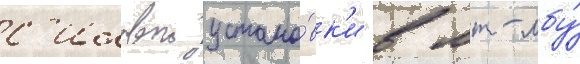
с'иловои устано́вк'и в мт-лбу́